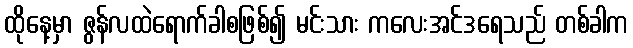
ထိုနေ့မှာ ဇွန်လထဲရောက်ခါစဖြစ်၍ မင်းသား ကလေးအင်ဒရေသည် တစ်ခါက